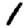
Digit: 1